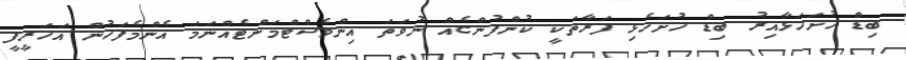
ބިޑް ހުށަހަޅާއިރު ބިޑް ހުށަހެޅި ފަރާތަކީ ކުންފުންޏެއް ނުވަތަ އިންވެސްޓްމަންޓެއްނަމަ އެންމެފަހުން އަހަރީފީ